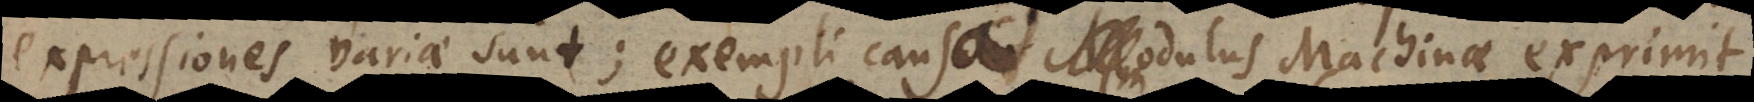
expressiones variae sunt; exempli causa modulus Machinae exprimit